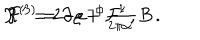
{ \cal R } ^ { ( 3 ) } = - e ^ { - \phi } { \cal F } ^ { \prime } \, , \hspace { 1 c m } { \cal F } ^ { \prime } = 2 \partial \varrho + { \textstyle \frac { 1 } { 2 \pi \alpha ^ { \prime } } } B \, .